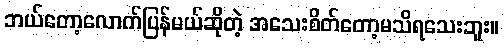
ဘယ်တော့လောက်ပြန်မယ်ဆိုတဲ့ အသေးစိတ်တော့မသိရသေးဘူး။